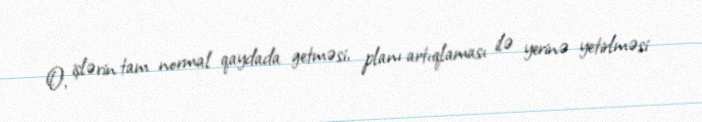
O, işlərin tam normal qaydada getməsi, planı artıqlaması ilə yerinə yetirlməsi